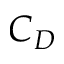
C _ { D }